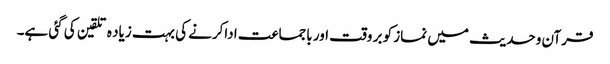
قرآن وحدیث میں نماز کو بر وقت اور باجماعت اداکرنے کی بہت زیاد ہ تلقین کی گئی ہے۔